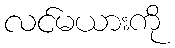
လင်မယားကို